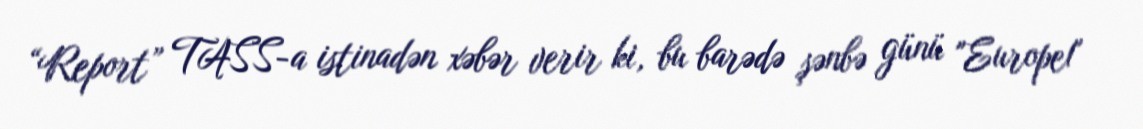
“Report” TASS-a istinadən xəbər verir ki, bu barədə şənbə günü "Europe1"